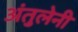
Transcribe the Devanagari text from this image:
अंतुलेनी